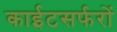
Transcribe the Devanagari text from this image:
काईटसर्फरों